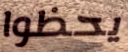
يحظوا